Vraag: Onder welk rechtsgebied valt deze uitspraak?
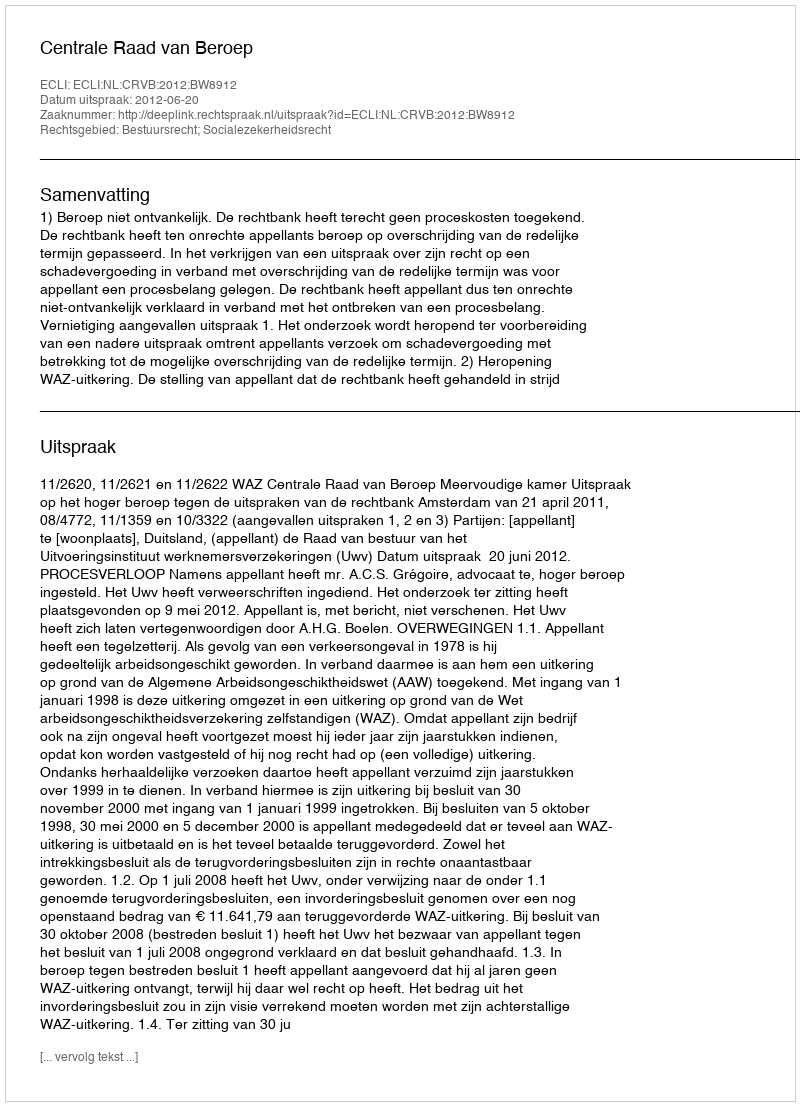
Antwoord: Bestuursrecht; Socialezekerheidsrecht